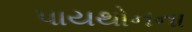
પાયથોનના